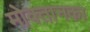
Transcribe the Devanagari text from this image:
मोक्तानका